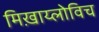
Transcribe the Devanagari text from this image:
मिख़ाय्लोविच